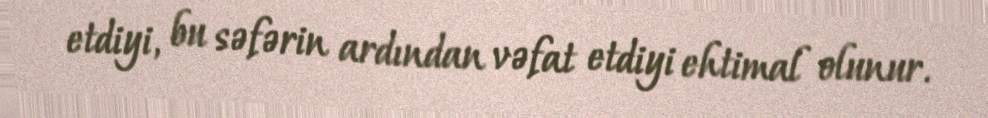
etdiyi, bu səfərin ardından vəfat etdiyi ehtimal olunur.